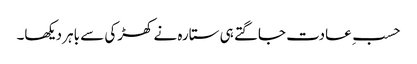
حسبِ عادت جاگتے ہی ستارہ نے کھڑکی سے باہر دیکھا۔